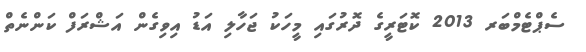
ސެޕްޓެމްބަރ 2013 ކޮޓަރީގެ ދޮރުގައި މީހަކު ޖަހާލި އަޑު އިވިގެން އަޝްރަފް ކަންނެތް